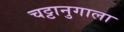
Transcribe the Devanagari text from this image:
चट्टानुगाला